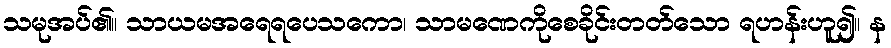
သမုအပ်၏။ သာယမအရေရပေသကော၊ သာမဏေကိုစေခိုင်းတတ်သော ရဟန်းဟူ၍။ န